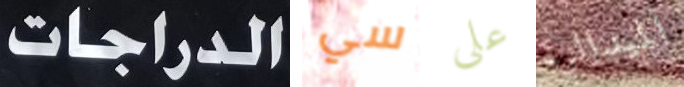
الدراجات سي على الميدالية